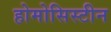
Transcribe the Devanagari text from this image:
होमोसिस्टीन